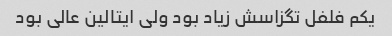
یکم فلفل تگزاسش زیاد بود ولی ایتالین عالی بود